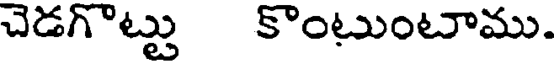
చెడగొట్టు కొంటుంటాము.